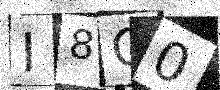
Text: I8Q0